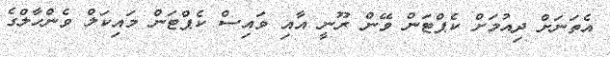
އެތަނަށް ދިއުމަށް ކެޕްޓަން ވޭން ރޫނީ އާއި ވައިސް ކެޕްޓަން މައިކަލް ވެންހާލްގެ